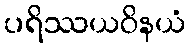
ပရိဿယဝိနယံ